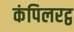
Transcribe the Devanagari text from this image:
कंपिलरट्ठ